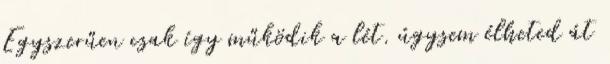
Egyszerűen csak így működik a lét. úgysem élheted át